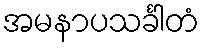
အမနာပသင်္ခါတံ